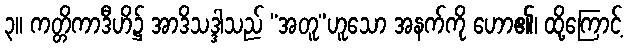
၃။ ကတ္တိကာဒီဟိ၌ အာဒိသဒ္ဒါသည် “အတူ”ဟူသော အနက်ကို ဟော၏၊ ထို့ကြောင့်